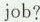
job?